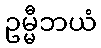
ဥမ္မီဘယံ